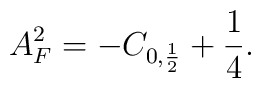
A_F^2 = - C_{0,\frac{1}{2} } + \frac{1}{4}.